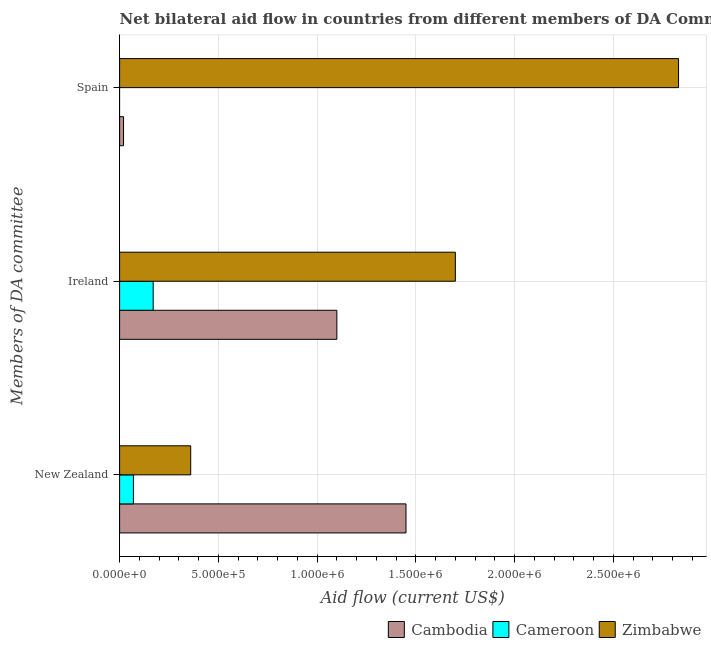
| Members of DA committee | Cambodia | Cameroon | Zimbabwe |
 | --- | --- | --- | --- |
 | New Zealand | 1.45e+06 | 7e+04 | 3.6e+05 |
 | Ireland | 1.1e+06 | 1.7e+05 | 1.7e+06 |
 | Spain | 2e+04 | -4.58e+06 | 2.83e+06 |